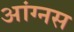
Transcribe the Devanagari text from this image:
आंग्नस